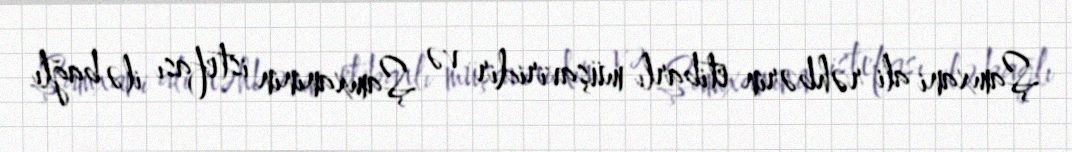
Şamxani ali rəhbərin etibarlı müşaviridir və Şamxaninin istefası ilə bağlı